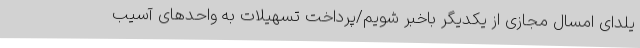
یلدای امسال مجازی از یکدیگر باخبر شویم/پرداخت تسهیلات به واحدهای آسیب